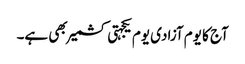
آج کا یوم آزادی یوم یکجہتی کشمیر بھی ہے۔